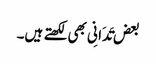
بعض تَدَانِی بھی لکھتے ہیں۔